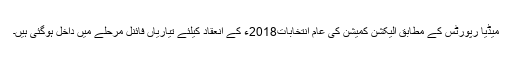
میڈیا رپورٹس کے مطابق الیکشن کمیشن کی عام انتخابات2018ء کے انعقاد کیلئے تیاریاں فائنل مرحلے میں داخل ہوگئی ہیں۔